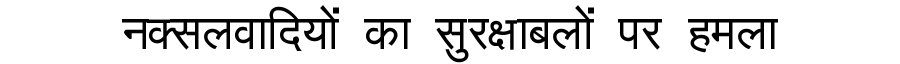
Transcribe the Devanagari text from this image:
नक्सलवादियों का सुरक्षाबलों पर हमला